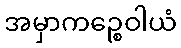
အမှာကဉ္စေဝါယံ